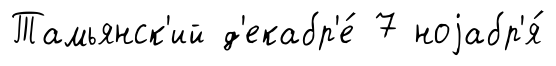
Тамьянск'ий д'екабр'е́ 7 ноjабр'я́